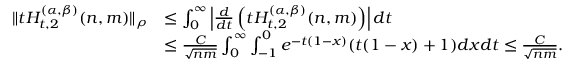
\begin{array} { r l } { \| t H _ { t , 2 } ^ { ( \alpha , \beta ) } ( n , m ) \| _ { \rho } } & { \le \int _ { 0 } ^ { \infty } \left| \frac { d } { d t } \left( t H _ { t , 2 } ^ { ( \alpha , \beta ) } ( n , m ) \right) \right| d t } \\ & { \le \frac { C } { \sqrt { n m } } \int _ { 0 } ^ { \infty } \int _ { - 1 } ^ { 0 } e ^ { - t ( 1 - x ) } ( t ( 1 - x ) + 1 ) d x d t \le \frac { C } { \sqrt { n m } } . } \end{array}